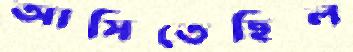
আসিতেছিল